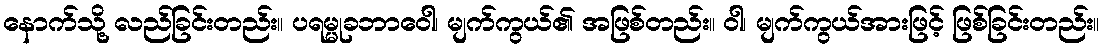
နောက်သို့ လည်ခြင်းတည်း။ ပရမ္မုခဘာဝေါ၊ မျက်ကွယ်၏ အဖြစ်တည်း။ ဝါ၊ မျက်ကွယ်အားဖြင့် ဖြစ်ခြင်းတည်း။